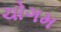
ચોગમ